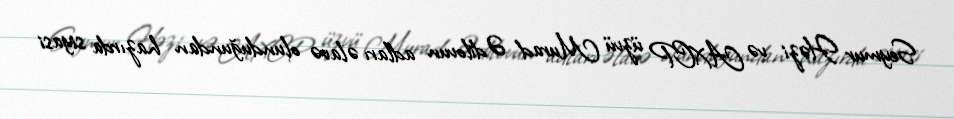
Seymur Həzi və AXCP üzvü Murad Ədilovun adları əlavə olunduğundan hazırda siyasi